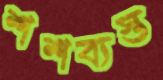
শশব্যস্ত